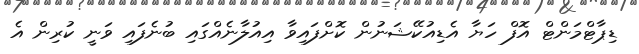
ޑިޕާޓްމަންޓް އޮފް ހަޔާ އެޑިއުކޭޝަނުން ކޮށްފައިވާ އިއުލާނެއްގައި ބުނެފައި ވަނީ ކުރިން އެ